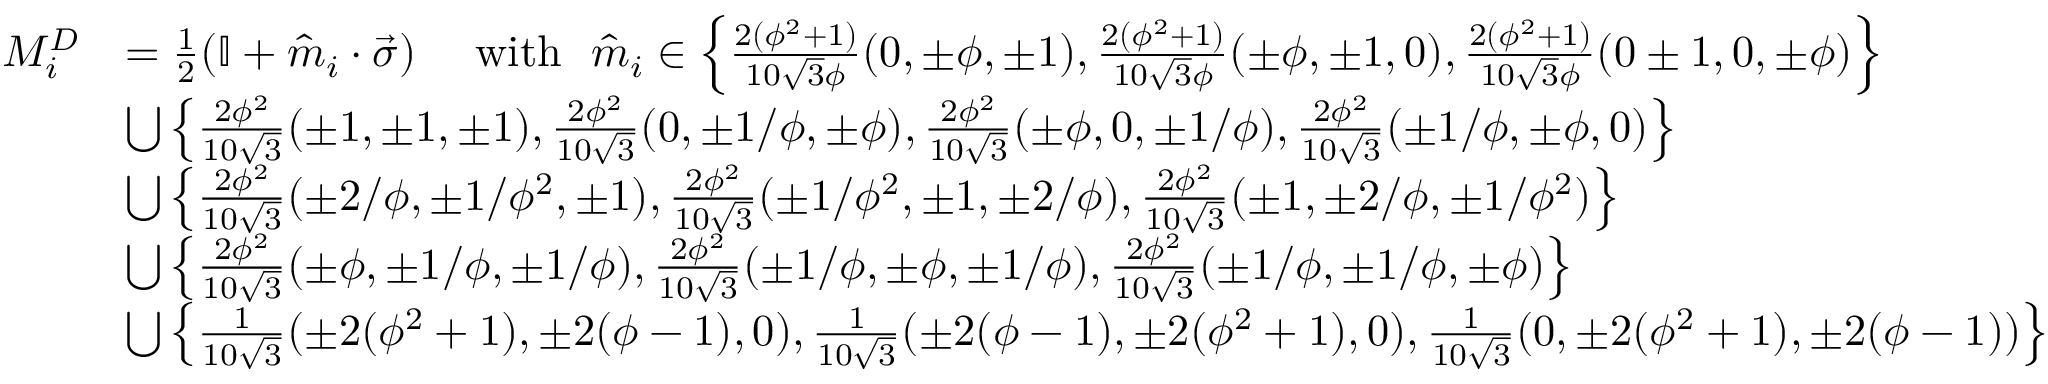
\begin{array} { r l } { { M } _ { i } ^ { D } } & { = \frac { 1 } { 2 } ( \mathbb { I } + \hat { m } _ { i } \cdot \vec { \sigma } ) ~ ~ ~ ~ \mathrm { w i t h } ~ ~ \hat { m } _ { i } \in \left\{ { \frac { 2 ( \phi ^ { 2 } + 1 ) } { 1 0 \sqrt { 3 } \phi } } ( 0 , \pm \phi , \pm 1 ) , { \frac { 2 ( \phi ^ { 2 } + 1 ) } { 1 0 \sqrt { 3 } \phi } } ( \pm \phi , \pm 1 , 0 ) , { \frac { 2 ( \phi ^ { 2 } + 1 ) } { 1 0 \sqrt { 3 } \phi } } ( 0 \pm 1 , 0 , \pm \phi ) \right\} } \\ & { \bigcup \left\{ \frac { 2 \phi ^ { 2 } } { 1 0 \sqrt { 3 } } ( \pm 1 , \pm 1 , \pm 1 ) , \frac { 2 \phi ^ { 2 } } { 1 0 \sqrt { 3 } } ( 0 , \pm 1 / \phi , \pm \phi ) , \frac { 2 \phi ^ { 2 } } { 1 0 \sqrt { 3 } } ( \pm \phi , 0 , \pm 1 / \phi ) , \frac { 2 \phi ^ { 2 } } { 1 0 \sqrt { 3 } } ( \pm 1 / \phi , \pm \phi , 0 ) \right\} } \\ & { \bigcup \left\{ \frac { 2 \phi ^ { 2 } } { 1 0 \sqrt { 3 } } ( \pm 2 / \phi , \pm 1 / \phi ^ { 2 } , \pm 1 ) , \frac { 2 \phi ^ { 2 } } { 1 0 \sqrt { 3 } } ( \pm 1 / \phi ^ { 2 } , \pm 1 , \pm 2 / \phi ) , \frac { 2 \phi ^ { 2 } } { 1 0 \sqrt { 3 } } ( \pm 1 , \pm 2 / \phi , \pm 1 / \phi ^ { 2 } ) \right\} } \\ & { \bigcup \left\{ \frac { 2 \phi ^ { 2 } } { 1 0 \sqrt { 3 } } ( \pm \phi , \pm 1 / \phi , \pm 1 / \phi ) , \frac { 2 \phi ^ { 2 } } { 1 0 \sqrt { 3 } } ( \pm 1 / \phi , \pm \phi , \pm 1 / \phi ) , \frac { 2 \phi ^ { 2 } } { 1 0 \sqrt { 3 } } ( \pm 1 / \phi , \pm 1 / \phi , \pm \phi ) \right\} } \\ & { \bigcup \left\{ { \frac { 1 } { 1 0 \sqrt { 3 } } } ( \pm 2 ( \phi ^ { 2 } + 1 ) , \pm 2 ( \phi - 1 ) , 0 ) , { \frac { 1 } { 1 0 \sqrt { 3 } } } ( \pm 2 ( \phi - 1 ) , \pm 2 ( \phi ^ { 2 } + 1 ) , 0 ) , { \frac { 1 } { 1 0 \sqrt { 3 } } } ( 0 , \pm 2 ( \phi ^ { 2 } + 1 ) , \pm 2 ( \phi - 1 ) ) \right\} } \end{array}